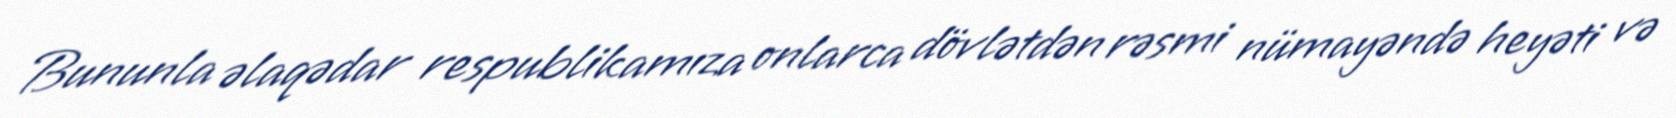
Bununla əlaqədar respublikamıza onlarca dövlətdən rəsmi nümayəndə heyəti və